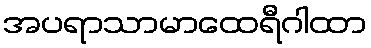
အပရာသာမာထေရီဂါထာ